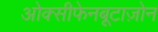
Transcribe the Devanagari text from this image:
ओक्सीफेनबूटाज़ोन